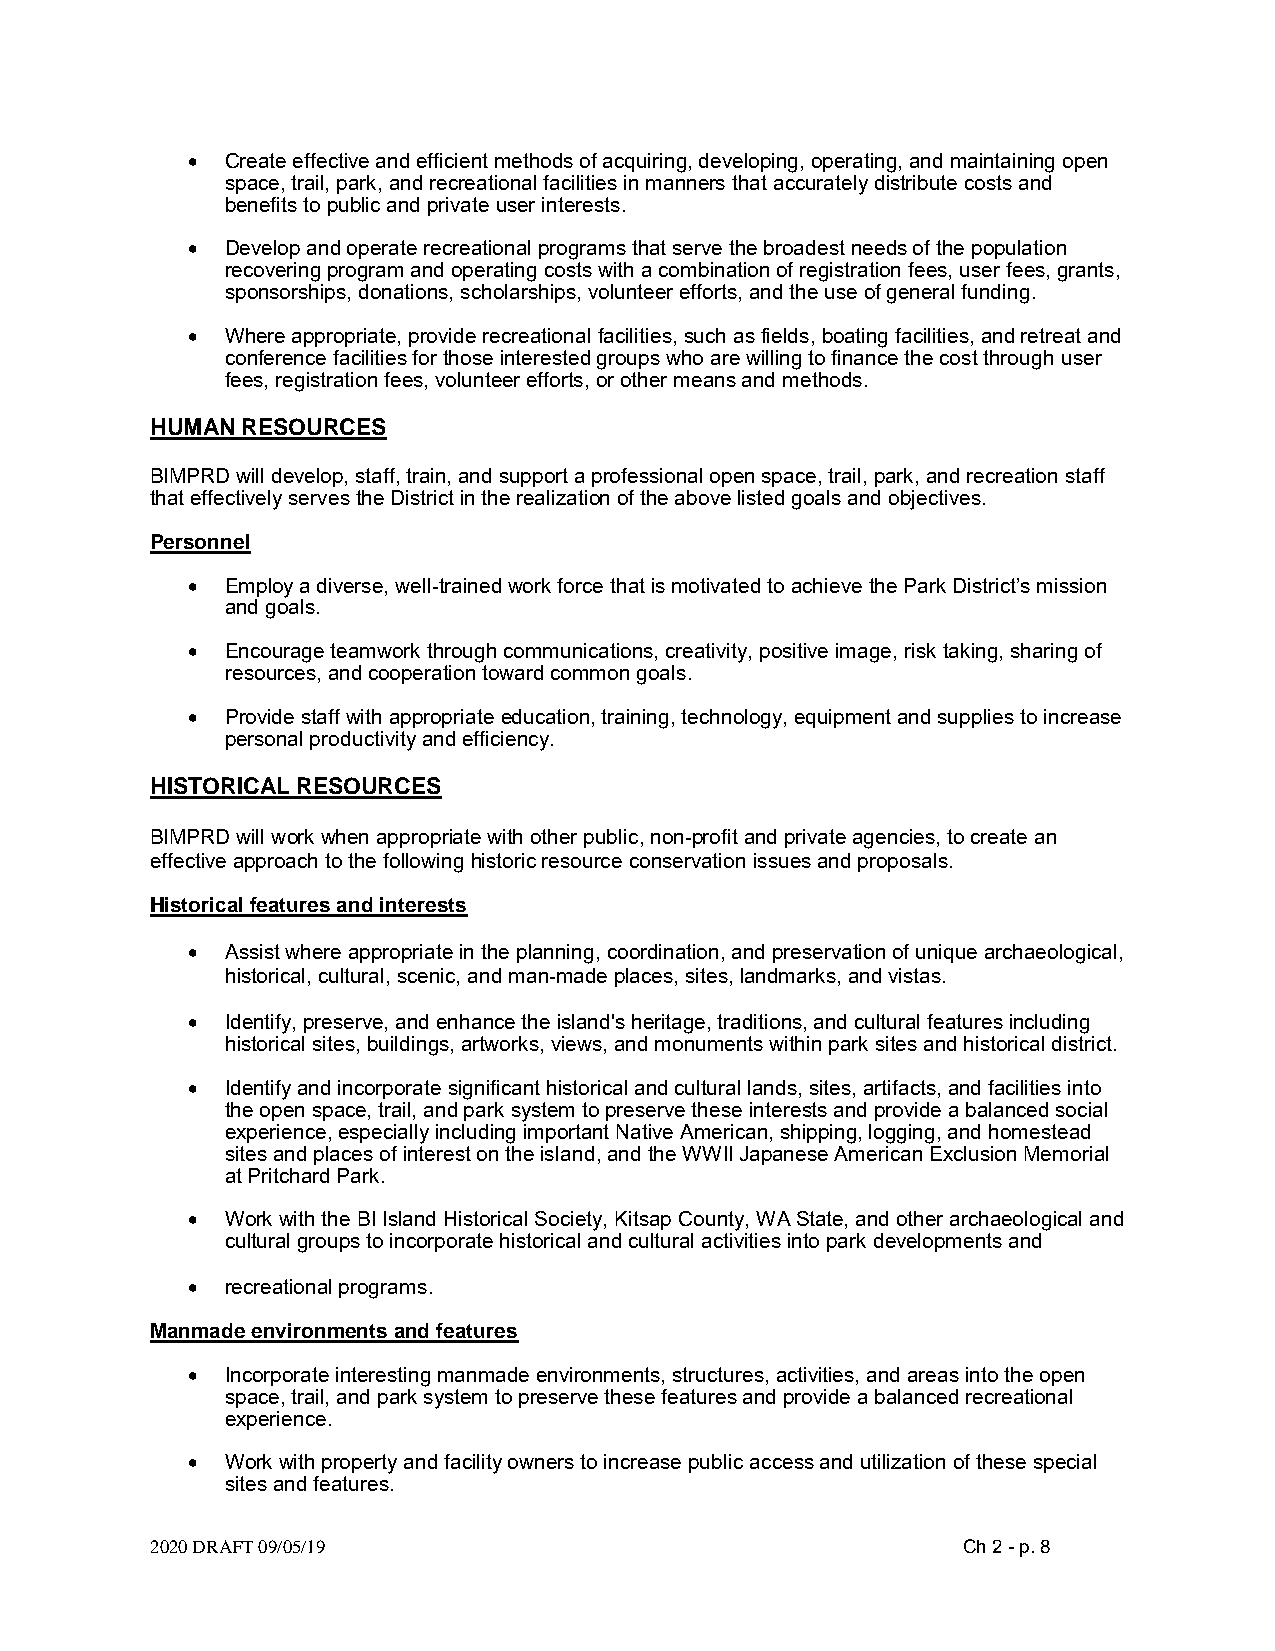
•  Create effective and efficient methods of acquiring, developing, operating, and maintaining open
 space, trail, park, and recreational facilities in manners that accurately distribute costs and
 benefits to public and private user interests.
 •  Develop and operate recreational programs that serve the broadest needs of the population
 recovering program and operating costs with a combination of registration fees, user fees, grants,
 sponsorships, donations, scholarships, volunteer efforts, and the use of general funding.
 •  Where appropriate, provide recreational facilities, such as fields, boating facilities, and retreat and
 conference facilities for those interested groups who are willing to finance the cost through user
 fees, registration fees, volunteer efforts, or other means and methods.
 HUMAN RESOURCES
 BIMPRD will develop, staff, train, and support a professional open space, trail, park, and recreation staff
 that effectively serves the District in the realization of the above listed goals and objectives.
 Personnel
 •  Employ a diverse, well-trained work force that is motivated to achieve the Park District’s mission
 and goals.
 •  Encourage teamwork through communications, creativity, positive image, risk taking, sharing of
 resources, and cooperation toward common goals.
 •  Provide staff with appropriate education, training, technology, equipment and supplies to increase
 personal productivity and efficiency.
 HISTORICAL RESOURCES
 BIMPRD will work when appropriate with other public, non-profit and private agencies, to create an
 effective approach to the following historic resource conservation issues and proposals.
 Historical features and interests
 •  Assist where appropriate in the planning, coordination, and preservation of unique archaeological,
 historical, cultural, scenic, and man-made places, sites, landmarks, and vistas.
 •  Identify, preserve, and enhance the island's heritage, traditions, and cultural features including
 historical sites, buildings, artworks, views, and monuments within park sites and historical district.
 •  Identify and incorporate significant historical and cultural lands, sites, artifacts, and facilities into
 the open space, trail, and park system to preserve these interests and provide a balanced social
 experience, especially including important Native American, shipping, logging, and homestead
 sites and places of interest on the island, and the WWII Japanese American Exclusion Memorial
 at Pritchard Park.
 •  Work with the BI Island Historical Society, Kitsap County, WA State, and other archaeological and
 cultural groups to incorporate historical and cultural activities into park developments and
 •  recreational programs.
 Manmade environments and features
 •  Incorporate interesting manmade environments, structures, activities, and areas into the open
 space, trail, and park system to preserve these features and provide a balanced recreational
 experience.
 •  Work with property and facility owners to increase public access and utilization of these special
 sites and features.
 2020 DRAFT 09/05/19                                   Ch 2 - p. 8